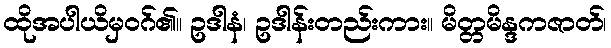
ထိုအပါယိမှဝဂ်၏။ ဥဒါနံ၊ ဥဒါန်းတည်းကား။ မိတ္တမိန္ဒကဇာတ်၊